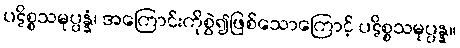
ပဋိစ္စသမုပ္ပန္နံ၊ အကြောင်းကိုစွဲ၍ဖြစ်သောကြောင့် ပဋိစ္စသမုပ္ပန္န။